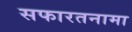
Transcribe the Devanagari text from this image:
सफारतनामा